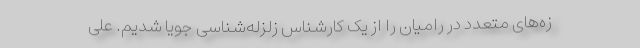
زه‌های متعدد در رامیان را از یک کارشناس زلزله‌شناسی جویا شدیم. علی